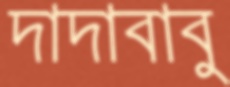
দাদাবাবু